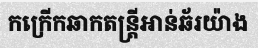
កក្រើកឆាកតន្ត្រីអាន់ឆ័រយ៉ាង